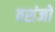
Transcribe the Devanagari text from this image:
वशंजों